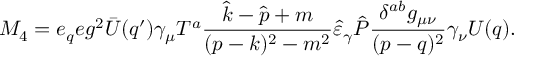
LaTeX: M _ { 4 } = e _ { q } e g ^ { 2 } \bar { U } ( q ^ { \prime } ) \gamma _ { \mu } T ^ { a } \frac { \hat { k } - \hat { p } + m } { ( p - k ) ^ { 2 } - m ^ { 2 } } \hat { \varepsilon } _ { \gamma } \hat { P } \frac { \delta ^ { a b } g _ { \mu \nu } } { ( p - q ) ^ { 2 } } \gamma _ { \nu } U ( q ) .